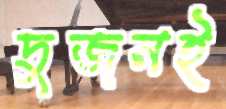
দুজনই